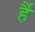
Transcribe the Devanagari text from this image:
र्है